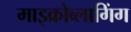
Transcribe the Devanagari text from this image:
माइक्रोब्लागिंग